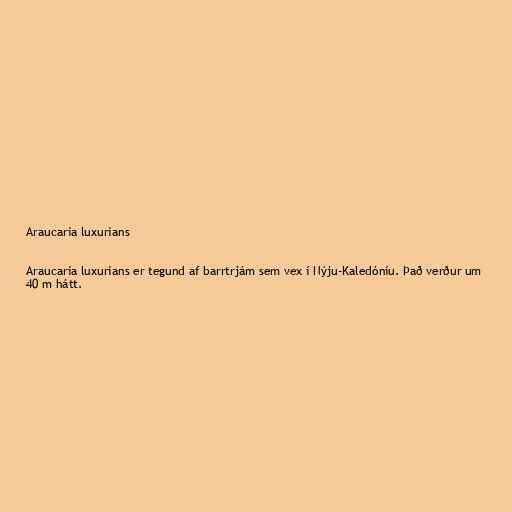
Araucaria luxurians

Araucaria luxurians er tegund af barrtrjám sem vex í Nýju-Kaledóníu. Það verður um
40 m hátt.